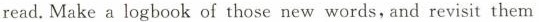
read.Make a logbook of those new words,and revisit them